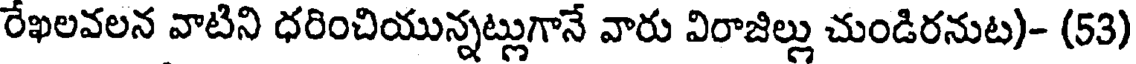
రేఖలవలన వాటిని ధరించియున్నట్లుగానే వారు విరాజిల్లు చుండిరనుట)- (53)